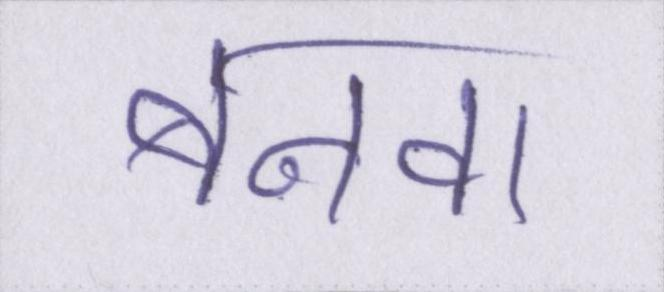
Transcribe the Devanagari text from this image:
बनवा